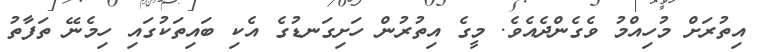
އިތުރަށް މުހިއްމު ވެގެންދެއެވެ. މީގެ އިތުރުން ހަށިގަނޑުގެ އެކި ބައިތަކުގައި ހިމެނޭ ތަފާތު